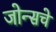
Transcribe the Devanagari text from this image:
जोन्सचे